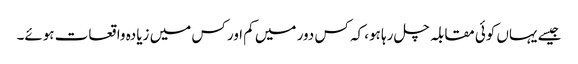
جیسے یہاں کوئی مقابلہ چل رہا ہو، کہ کس دور میں کم اور کس میں زیادہ واقعات ہوئے۔